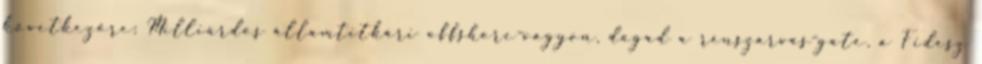
következőre: Milliárdos államtitkári offshore-vagyon, dagad a rénszarvas-gate, a Fidesz